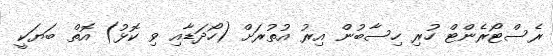
ރެސްޓޯރެންޓް ހުރި ހިސާބުން އިރު އުތުރަށް (ހޯދަޑާއި ވި ކޮޅު) އޮތް ބަޔަކީ